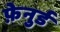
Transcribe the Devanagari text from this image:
फ़ेनुर्ड